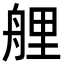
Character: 艃